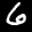
Label: 6